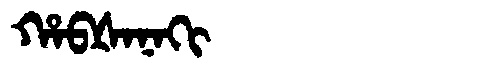
Manchu: ᡥᠠᠪᡧᠠᠨᠠᡴᡳ
Romanization: HABŠANAKI